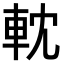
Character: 𨋄